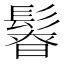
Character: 𩭻